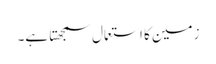
زمین کا استعمال سمجھتا ہے۔